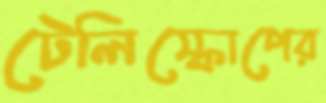
টেলিস্কোপের